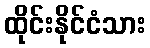
ထိုင်းနိုင်ငံသား